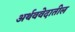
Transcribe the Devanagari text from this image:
अर्थववेदातील